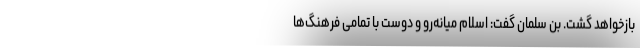
بازخواهد گشت. بن سلمان گفت: اسلام میانه‌رو و دوست با تمامی فرهنگ‌ها